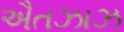
ઐતઝાઝ